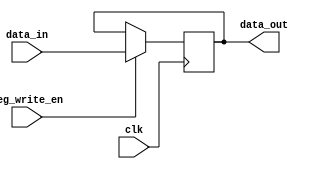
module register(
    input clk,
    input reg_write_en , 
    input [15:0]data_in,
    output reg [15:0]data_out
); 

	reg [15:0]reg_write_en_i;


    always @(posedge clk)begin
        if (reg_write_en == 1'b1)              //Write data to the register
            data_out <= data_in;
        
    end

endmodule